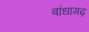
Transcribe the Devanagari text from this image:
बांधागढ़